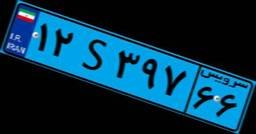
۳۵S۶۴۲۰۷